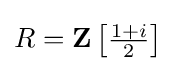
R=\mathbf {Z} \left[\textstyle {\frac {1+i}{2}}\right]